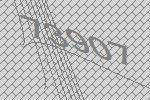
73907